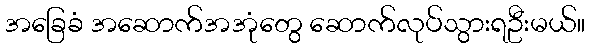
အခြေခံ အဆောက်အအုံတွေ ဆောက်လုပ်သွားရဦးမယ်။